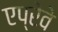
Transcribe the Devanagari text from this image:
एप्रेवे